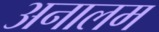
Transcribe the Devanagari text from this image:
अनालम